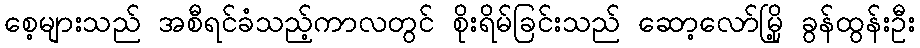
စေ့များသည် အစီရင်ခံသည့်ကာလတွင် စိုးရိမ်ခြင်းသည် ဆော့လော်မြို့ ခွန်ထွန်းဦး